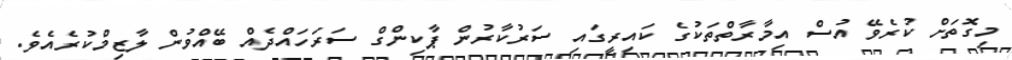
މިގޮތަށް ކުރެވޭ އުސް އިމާރާތްތަކުގެ ކައިރީގައި ސަރުކާރުން ޕާކިންގް ސަރަހައްދެއް ބޭއްވުން ލާޒިމްކުރެއެވެ.